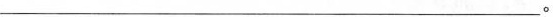
___。